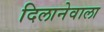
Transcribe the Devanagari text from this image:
दिलानेवाला